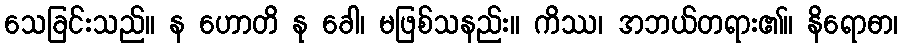
သေခြင်းသည်။ န ဟောတိ နု ခေါ၊ မဖြစ်သနည်း။ ကိဿ၊ အဘယ်တရား၏။ နိရောဓာ၊